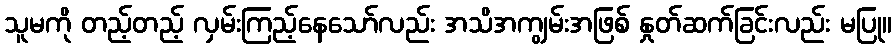
သူမကို တည့်တည့် လှမ်းကြည့်နေသော်လည်း အသိအကျွမ်းအဖြစ် နှုတ်ဆက်ခြင်းလည်း မပြု။